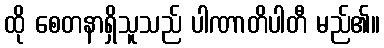
ထို စေတနာရှိသူသည် ပါဏာတိပါတီ မည်၏။